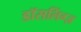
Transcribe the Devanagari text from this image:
डॉसलिंग्ज़